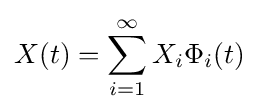
X(t)=\sum _{i=1}^{\infty }X_{i}\Phi _{i}(t)